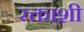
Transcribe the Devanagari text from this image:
रक्ताशी